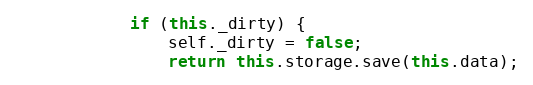
Language: JavaScript
            if (this._dirty) {
                self._dirty = false;
                return this.storage.save(this.data);